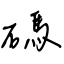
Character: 碼